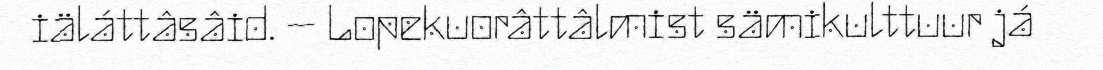
iäláttâsâid. – Lopekuorâttâlmist sämikulttuur já